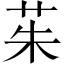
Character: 茱